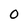
Character: 0